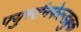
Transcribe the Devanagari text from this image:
फ्युर्स्टनफेल्डब्रुक